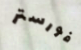
فورستر